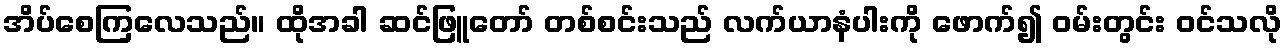
အိပ်စေကြလေသည်။ ထိုအခါ ဆင်ဖြူတော် တစ်စင်းသည် လက်ယာနံပါးကို ဖောက်၍ ဝမ်းတွင်း ဝင်သလို